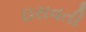
ઇરાવતી